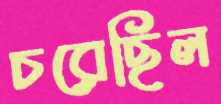
চরেছিল